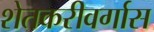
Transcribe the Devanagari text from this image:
शेतकरीवर्गास